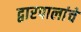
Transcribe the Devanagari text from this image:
द्वारपालांचे